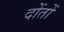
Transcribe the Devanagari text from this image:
दोंतों